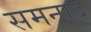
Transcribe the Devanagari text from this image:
समनाद